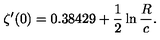
\zeta ^ { \prime } ( 0 ) = 0 . 3 8 4 2 9 + \frac { 1 } { 2 } \ln \frac { R } { c } .